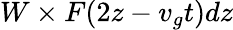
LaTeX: W\times F(2z-v_{g}t)dz